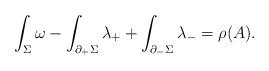
LaTeX: \begin{align*}\int_\Sigma\omega - \int_{\partial_+\Sigma}\lambda_+ + \int_{\partial_-\Sigma}\lambda_- = \rho(A).\end{align*}